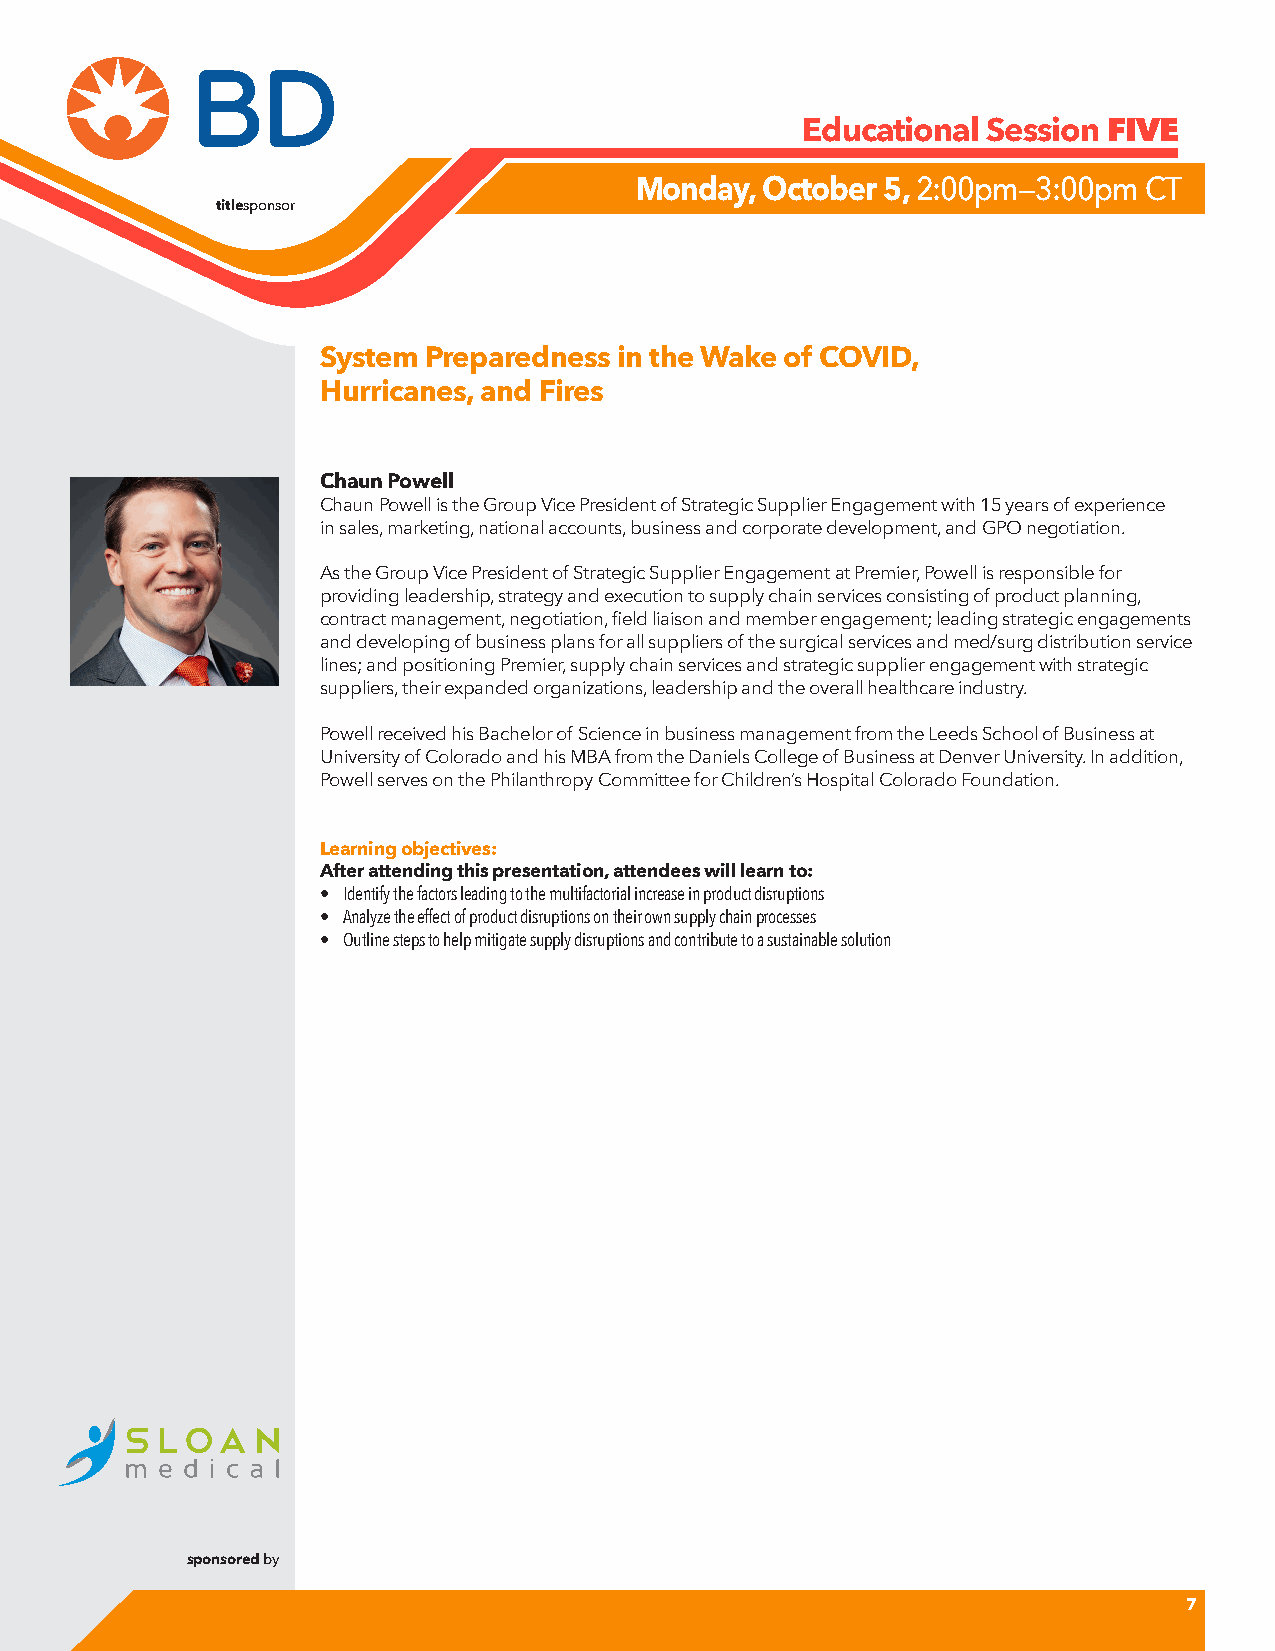
Educational Session
 FIVE
 Monday, October 5, 2:00pm—3:00pm  CT
 titlesponsor
 System Preparedness in the Wake of COVID,
 Hurricanes, and Fires
 Chaun Powell
 Chaun Powell is the Group Vice President of Strategic Supplier Engagement with 15 years of experience
 in sales, marketing, national accounts, business and corporate development, and GPO negotiation.
 As the Group Vice President of Strategic Supplier Engagement at Premier, Powell is responsible for
 providing leadership, strategy and execution to supply chain services consisting of product planning,
 contract management, negotiation, field liaison and member engagement; leading strategic engagements
 and developing of business plans for all suppliers of the surgical services and med/surg distribution service
 lines; and positioning Premier, supply chain services and strategic supplier engagement with strategic
 suppliers, their expanded organizations, leadership and the overall healthcare industry.
 Powell received his Bachelor of Science in business management from the Leeds School of Business at
 University of Colorado and his MBA from the Daniels College of Business at Denver University. In addition,
 Powell serves on the Philanthropy Committee for Children’s Hospital Colorado Foundation.
 Learning objectives:
 After attending this presentation, attendees will learn to:
 • Identify the factors leading to the multifactorial increase in product disruption s
 • Analyze the effect of product disruptions on their own supply chain processes
 • Outline steps to help mitigate supply disruptions and contribute to a sustainable solution
 sponsored by
 7